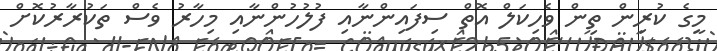
މީގެ ކުރިން ތިން ވެހިކަލް އޮތް ސިފައިންނާއި ފުލުހުންނާއި މިހާރު ވެސް ތަކުރާރުކޮށް